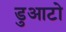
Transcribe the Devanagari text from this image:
डुआटो